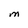
Character: M